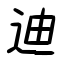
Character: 迪